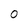
Character: 0